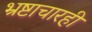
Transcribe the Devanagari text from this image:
भ्रष्टाचारही